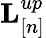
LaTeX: {\mathbf L}_{[n]}^{up}